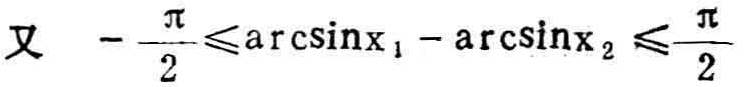
又 \(-\frac{\pi}{2}\leqslant\arcsin x_{1}-\arcsin x_{2}\leqslant\frac{\pi}{2}\)